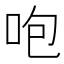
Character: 咆